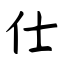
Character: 仕